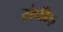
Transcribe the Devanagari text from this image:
संपीड़